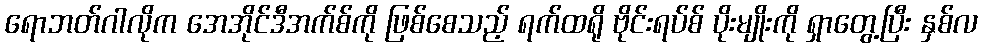
ရောဘတ်ဂါလိုက အေအိုင်ဒီအက်စ်ကို ဖြစ်စေသည့် ရက်ထရို ဗိုင်းရပ်စ် ပိုးမျိုးကို ရှာတွေ့ပြီး နှစ်လ